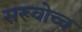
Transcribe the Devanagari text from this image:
सरूवोच्च